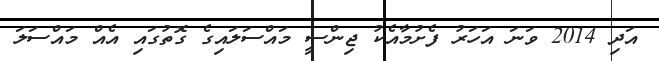
އަދި 2014 ވަނަ އަހަރު ފެށުމާއެކު ޖިންސީ މައްސަލައިގެ ގޮތުގައި އެއް މައްސަލަ